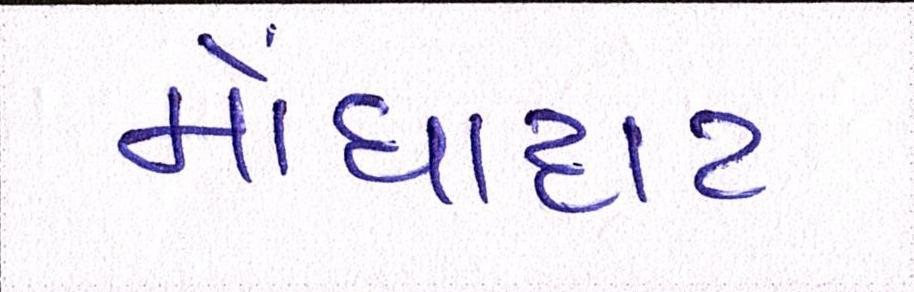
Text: મોંઘાદાટ